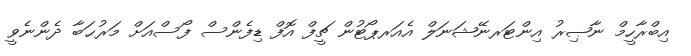
އިބްރާހީމް ނާޞިރު އިންޓަރނޭޝަނަލް އެއަރޕޯޓުން ޗީފް އޮފް ޑިފެންސް ފޯސްއަށް މަރުޙަބާ ދެންނެވީ